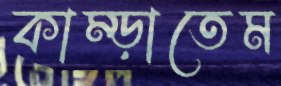
কাম্‌ড়াতেম